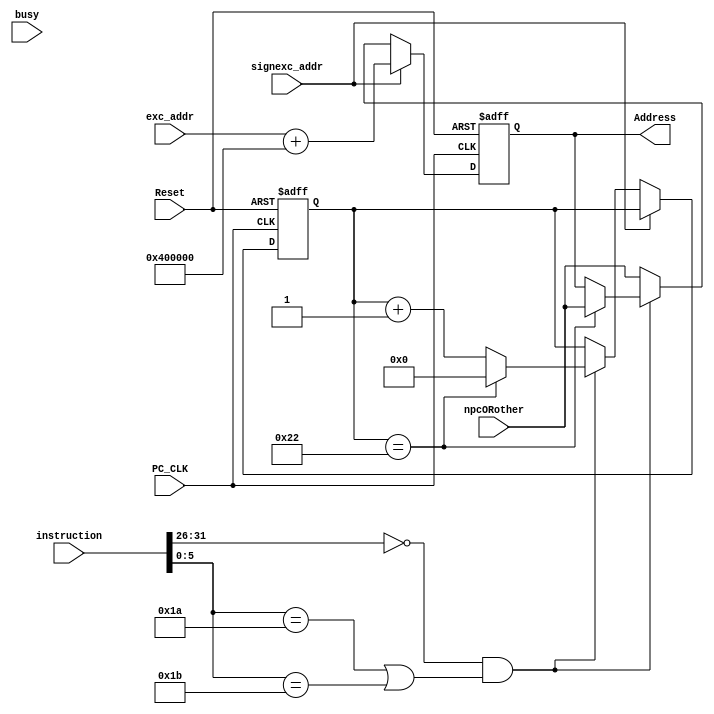
`timescale 1ns / 1ps
//////////////////////////////////////////////////////////////////////////////////
// Company: 
// Engineer: 
// 
// Design Name: 
// Module Name: PC
// Project Name: 
// Target Devices: 
// Tool Versions: 
// Description: 
// 
// Dependencies: 
// 
// Revision:
// Revision 0.01 - File Created
// Additional Comments:
// 
//////////////////////////////////////////////////////////////////////////////////


module PC(
input busy,
input [31:0]instruction,
input signexc_addr,
input [31:0]exc_addr,
input PC_CLK,Reset,
input [31:0]npcORother,
output reg [31:0]Address
    );
    reg [7:0]counter;
    always@(posedge PC_CLK or posedge Reset)begin
    if(Reset==1)begin
    Address<=32'h00400000;////////////////////////////////////////////////////////////////////////////////////////
    counter<=0;
    end
   else if(signexc_addr)Address<=exc_addr+32'h00400000;
   else if((instruction[31:26]==6'b0&&(instruction[5:0]==6'b011010||instruction[5:0]==6'b011011)))begin//34
   counter<=counter+1;
       if(counter==8'd34)begin
       Address<=npcORother;
       counter<=0;
       end
   end
  else  Address<=npcORother;
   end
endmodule